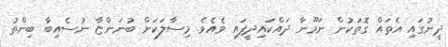
ދީނުގައި އެތައް ގޮތަކުން ނަމޫނާ ދައްކައިދީފައި ވެއެވެ. މިސާލަކަށް ބުނަންޏާ ނުސެއިބާ ބިންތު